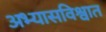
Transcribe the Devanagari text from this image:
अभ्यासविश्वात